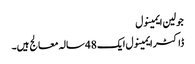
جولین ایمینول
ڈاکٹر ایمینول ایک 48 سالہ معالج ہیں۔